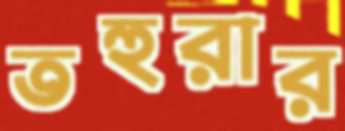
তহুরার